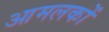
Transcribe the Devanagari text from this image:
आमलकों